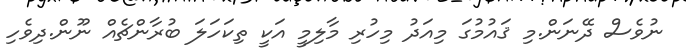
ނުވެސް ދޭނަން.މި ޤައުމުގަ މިއަދު މިހުރި މާލިމީ އަކީ ތިކަހަލަ ބުރާންޗެއް ނޫން.ދިވެހި